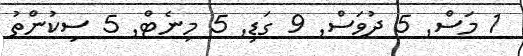
1 މަސް